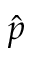
\hat { p }